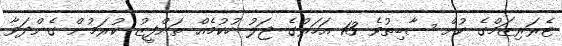
ޓެރަރިޒަމްގެ ކުށް ސާބިތުވެ 13 އަހަރުގެ ޖަލު ހުކުމެއް ތަންފީޒު ކުރަމުން ގެންދަވާ